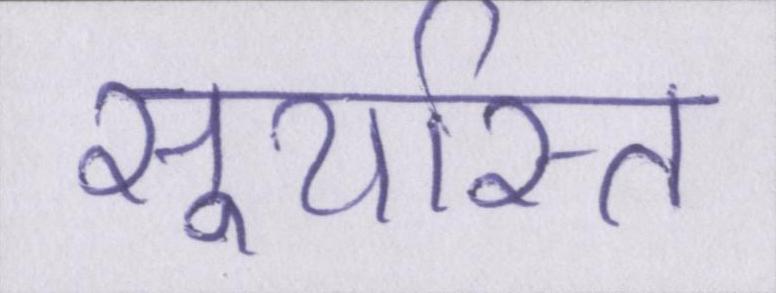
सूर्यास्त